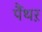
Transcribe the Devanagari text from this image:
पैंथऱ